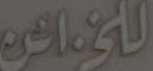
الخوافن